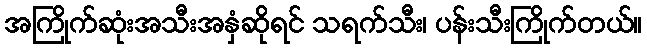
အကြိုက်ဆုံးအသီးအနှံဆိုရင် သရက်သီး၊ ပန်းသီးကြိုက်တယ်။